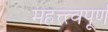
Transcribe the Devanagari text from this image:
महत्त्त्वपूर्ण